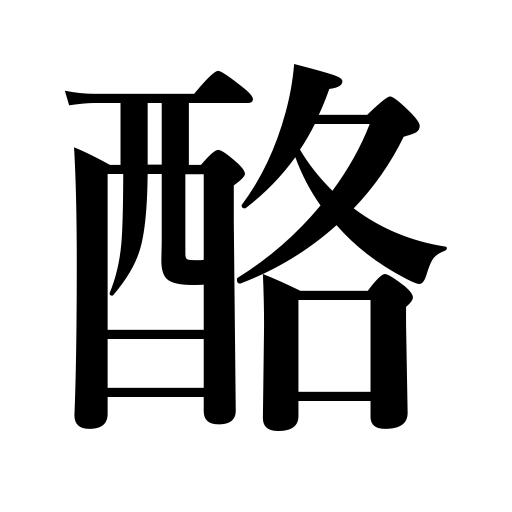
Meanings: broth,fruit juice,whey